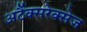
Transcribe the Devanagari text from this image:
अर्टैक्सरेक्सेज